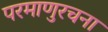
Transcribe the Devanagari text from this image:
परमाणुरचना